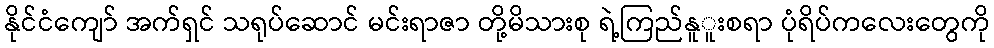
နိုင်ငံကျော် အက်ရှင် သရုပ်ဆောင် မင်းရာဇာ တို့မိသားစု ရဲ့ကြည်နူူးစရာ ပုံရိပ်ကလေးတွေကို